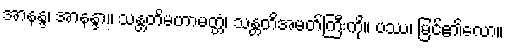
အာနန္ဒ၊ အာနန္ဒာ။ သန္တတိမဟာမတ္တံ၊ သန္တတိအမတ်ကြီးကို။ ပဿ၊ မြင်၏လော။